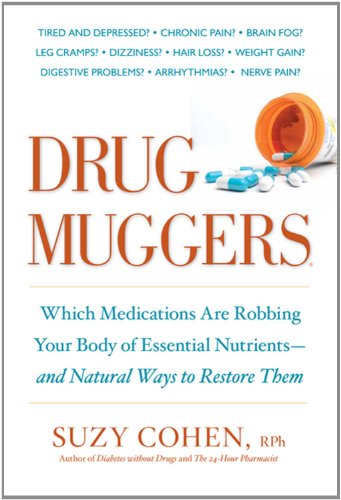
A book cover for Drug Muggers: Which Medications Are Robbing Your Body of Essential Nutrients--and Natural Ways to Restore Them; Suzy Cohen; Health, Fitness & Dieting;